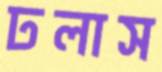
ঢলাস